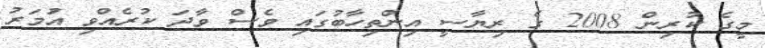
މީގެ ކުރިން 2008 ގެ ރިޔާސީ އިންތިހާބުގައި ވެސް ވާދަ ކުރެއްވި އަުމަރު